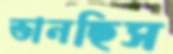
ভানছিস